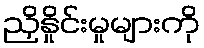
ညှိနှိုင်းမှုများကို